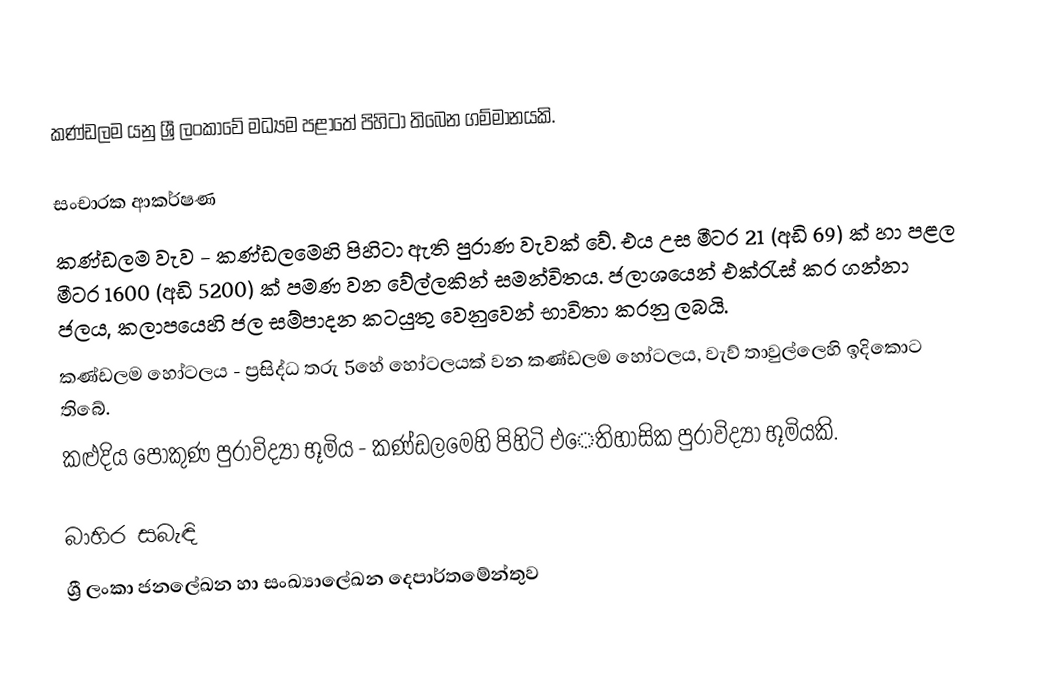
කණ්ඩලම යනු ශ්‍රී ලංකාවේ මධ්‍යම පළාතේ පිහිටා තිබෙන ගම්මානයකි.

සංචාරක ආකර්ෂණ
කණ්ඩලම වැව - කණ්ඩලමෙහි පිහිටා ඇති පුරාණ වැවක් වේ. එය උස මීටර 21 (අඩි 69) ක් හා පළල මීටර 1600 (අඩි 5200) ක් පමණ වන වේල්ලකින් සමන්විතය. ජලාශයෙන් එක්රැස් කර ගන්නා ජලය, කලාපයෙහි ජල සම්පාදන කටයුතු වෙනුවෙන් භාවිතා කරනු ලබයි.
කණ්ඩලම හෝටලය - ප්‍රසිද්ධ තරු 5හේ හෝටලයක් වන කණ්ඩලම හෝටලය, වැව් තාවුල්ලෙහි ඉදිකොට තිබේ.
කළුදිය පොකුණ පුරාවිද්‍යා භූමිය - කණ්ඩලමෙහි පිහිටි එෙතිහාසික පුරාවිද්‍යා භූමියකි.

බාහිර සබැඳි
ශ්‍රී ලංකා ජනලේඛන හා සංඛ්‍යාලේඛන දෙපාර්තමේන්තුව